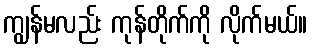
ကျွန်မလည်း ကုန်တိုက်ကို လိုက်မယ်။